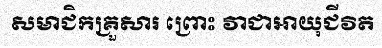
សមាជិកគ្រួសារ ព្រោះ វាជាអាយុជីវិត